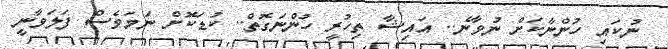
ނުކައި ހުންނާކަށް ނުވާނެ.. އައިޝާ ތިހުރީ ހުންނަގޮތް.. ކުޑަކޮށް ނަމަވެސް ފަލަވާނީ